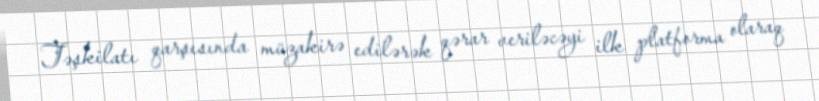
Təşkilatı qarşısında müzakirə edilərək qərar veriləcəyi ilk platforma olaraq